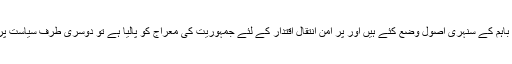
ایک طرف اگر انسان نے اس ارتقا ٔکے دوران پر امن بقائے باہم کے سنہری اصول وضع کئے ہیں اور پر امن انتقال اقتدار کے لئے جمہوریت کی معراج کو پالیا ہے تو دوسری طرف سیاست پر اثر انداز ہونے کے سائنسی طریقے بھی ڈھونڈ نکالے ہیں۔